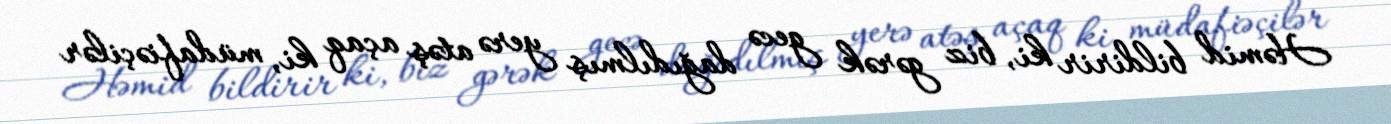
Həmid bildirir ki, biz gərək gecə dağıdılmış yerə atəş açaq ki, müdafiəçilər